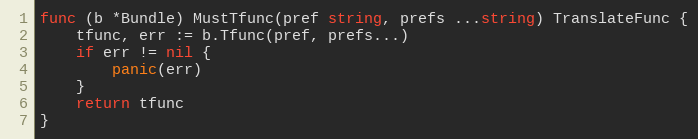
Language: Go
func (b *Bundle) MustTfunc(pref string, prefs ...string) TranslateFunc {
	tfunc, err := b.Tfunc(pref, prefs...)
	if err != nil {
		panic(err)
	}
	return tfunc
}